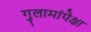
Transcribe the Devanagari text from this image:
गुलामांपेक्षा